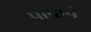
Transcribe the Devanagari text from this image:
पापाचे